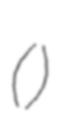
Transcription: (蔡温)